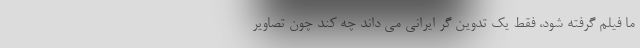
ما فیلم گرفته شود، فقط یک تدوین گر ایرانی می داند چه کند چون تصاویر